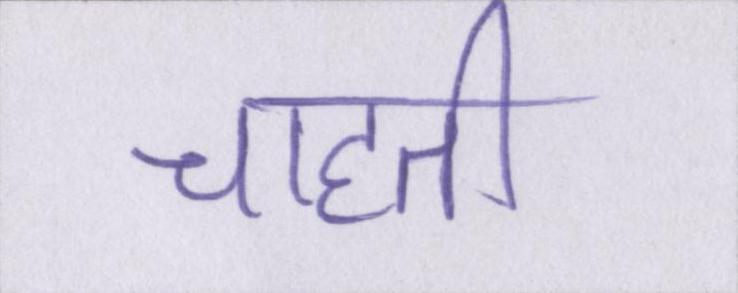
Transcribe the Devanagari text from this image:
चाहती